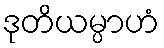
ဒုတိယမ္ပာဟံ